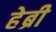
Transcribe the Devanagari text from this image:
हेब्री